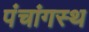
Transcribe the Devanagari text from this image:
पंचांगस्थ